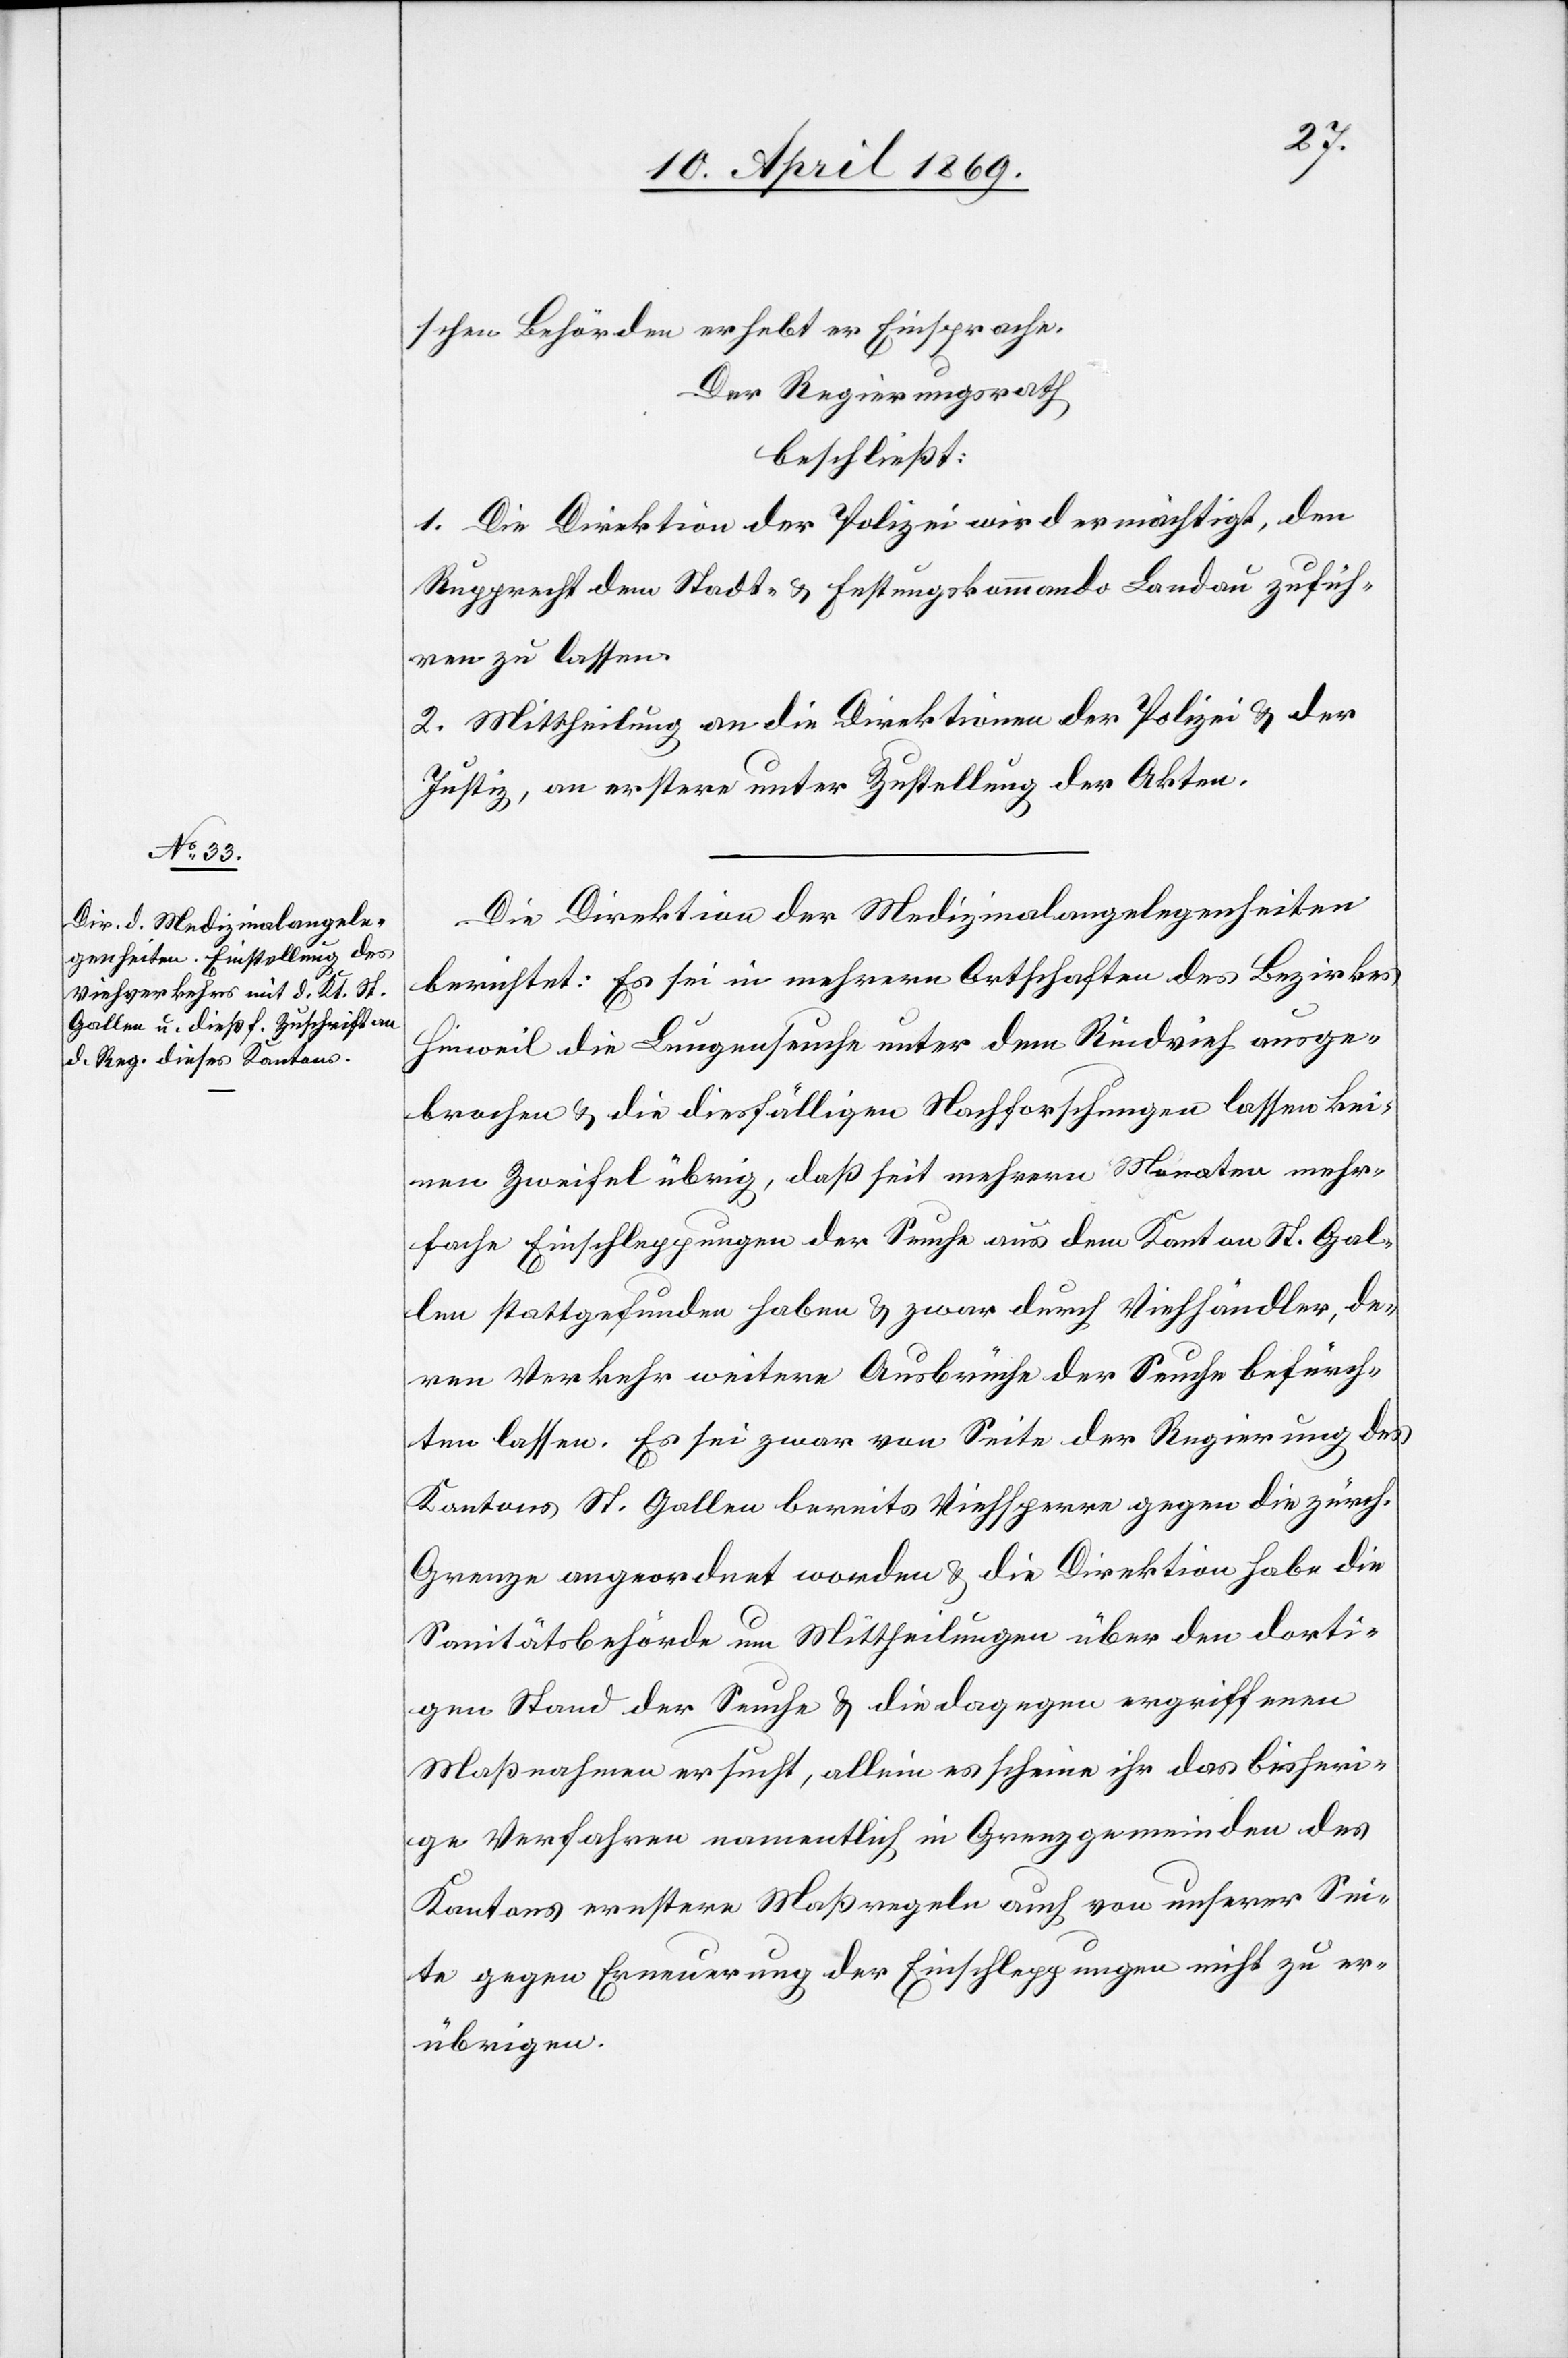
schen Behörden erhebt er Einsprache.
Der Regierungsrath
beschließt:
1. Die Direktion der Polizei wird ermächtigt, den
Rupprecht dem Stadt- u. Festungskommando Landau zufüh¬
ren zu lassen.
2. Mittheilung an die Direktionen der Polizei u. der
Justiz, an erstere unter Zustellung der Akten.
Die Direktion der Medizinalangelegenheiten
berichtet: Es sei in mehreren Ortschaften des Bezirkes
Hinweil die Lungenseuche unter dem Rindvieh ausge¬
brochen u. die diesfälligen Nachforschungen lassen kei¬
nen Zweifel übrig, daß seit mehrern Monaten mehr¬
fache Einschleppungen der Seuche aus dem Kanton St. Gal¬
len stattgefunden haben u. zwar durch Viehhändler, de¬
ren Verkehr weitere Ausbrüche der Seuche befürch¬
ten lassen. Es sei zwar von Seite der Regierung des
Kantons St. Gallen bereits Viehsperre gegen die zürch.
Grenze angeordnet worden u. die Direktion habe die
Sanitätsbehörde um Mittheilungen über den dorti¬
gen Stand der Seuche u. die dagegen ergriffenen
Maßnahmen ersucht, allein es scheine ihr das bisheri¬
ge Verfahren namentlich in Grenzgemeinden des
Kantons ernstere Maßregeln auch von unserer Sei¬
te gegen Erneuerung der Einschleppungen nicht zu er¬
übrigen.